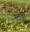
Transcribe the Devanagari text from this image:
ग्लेवा